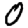
Digit: 0